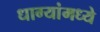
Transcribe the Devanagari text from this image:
धाग्यांमध्ये